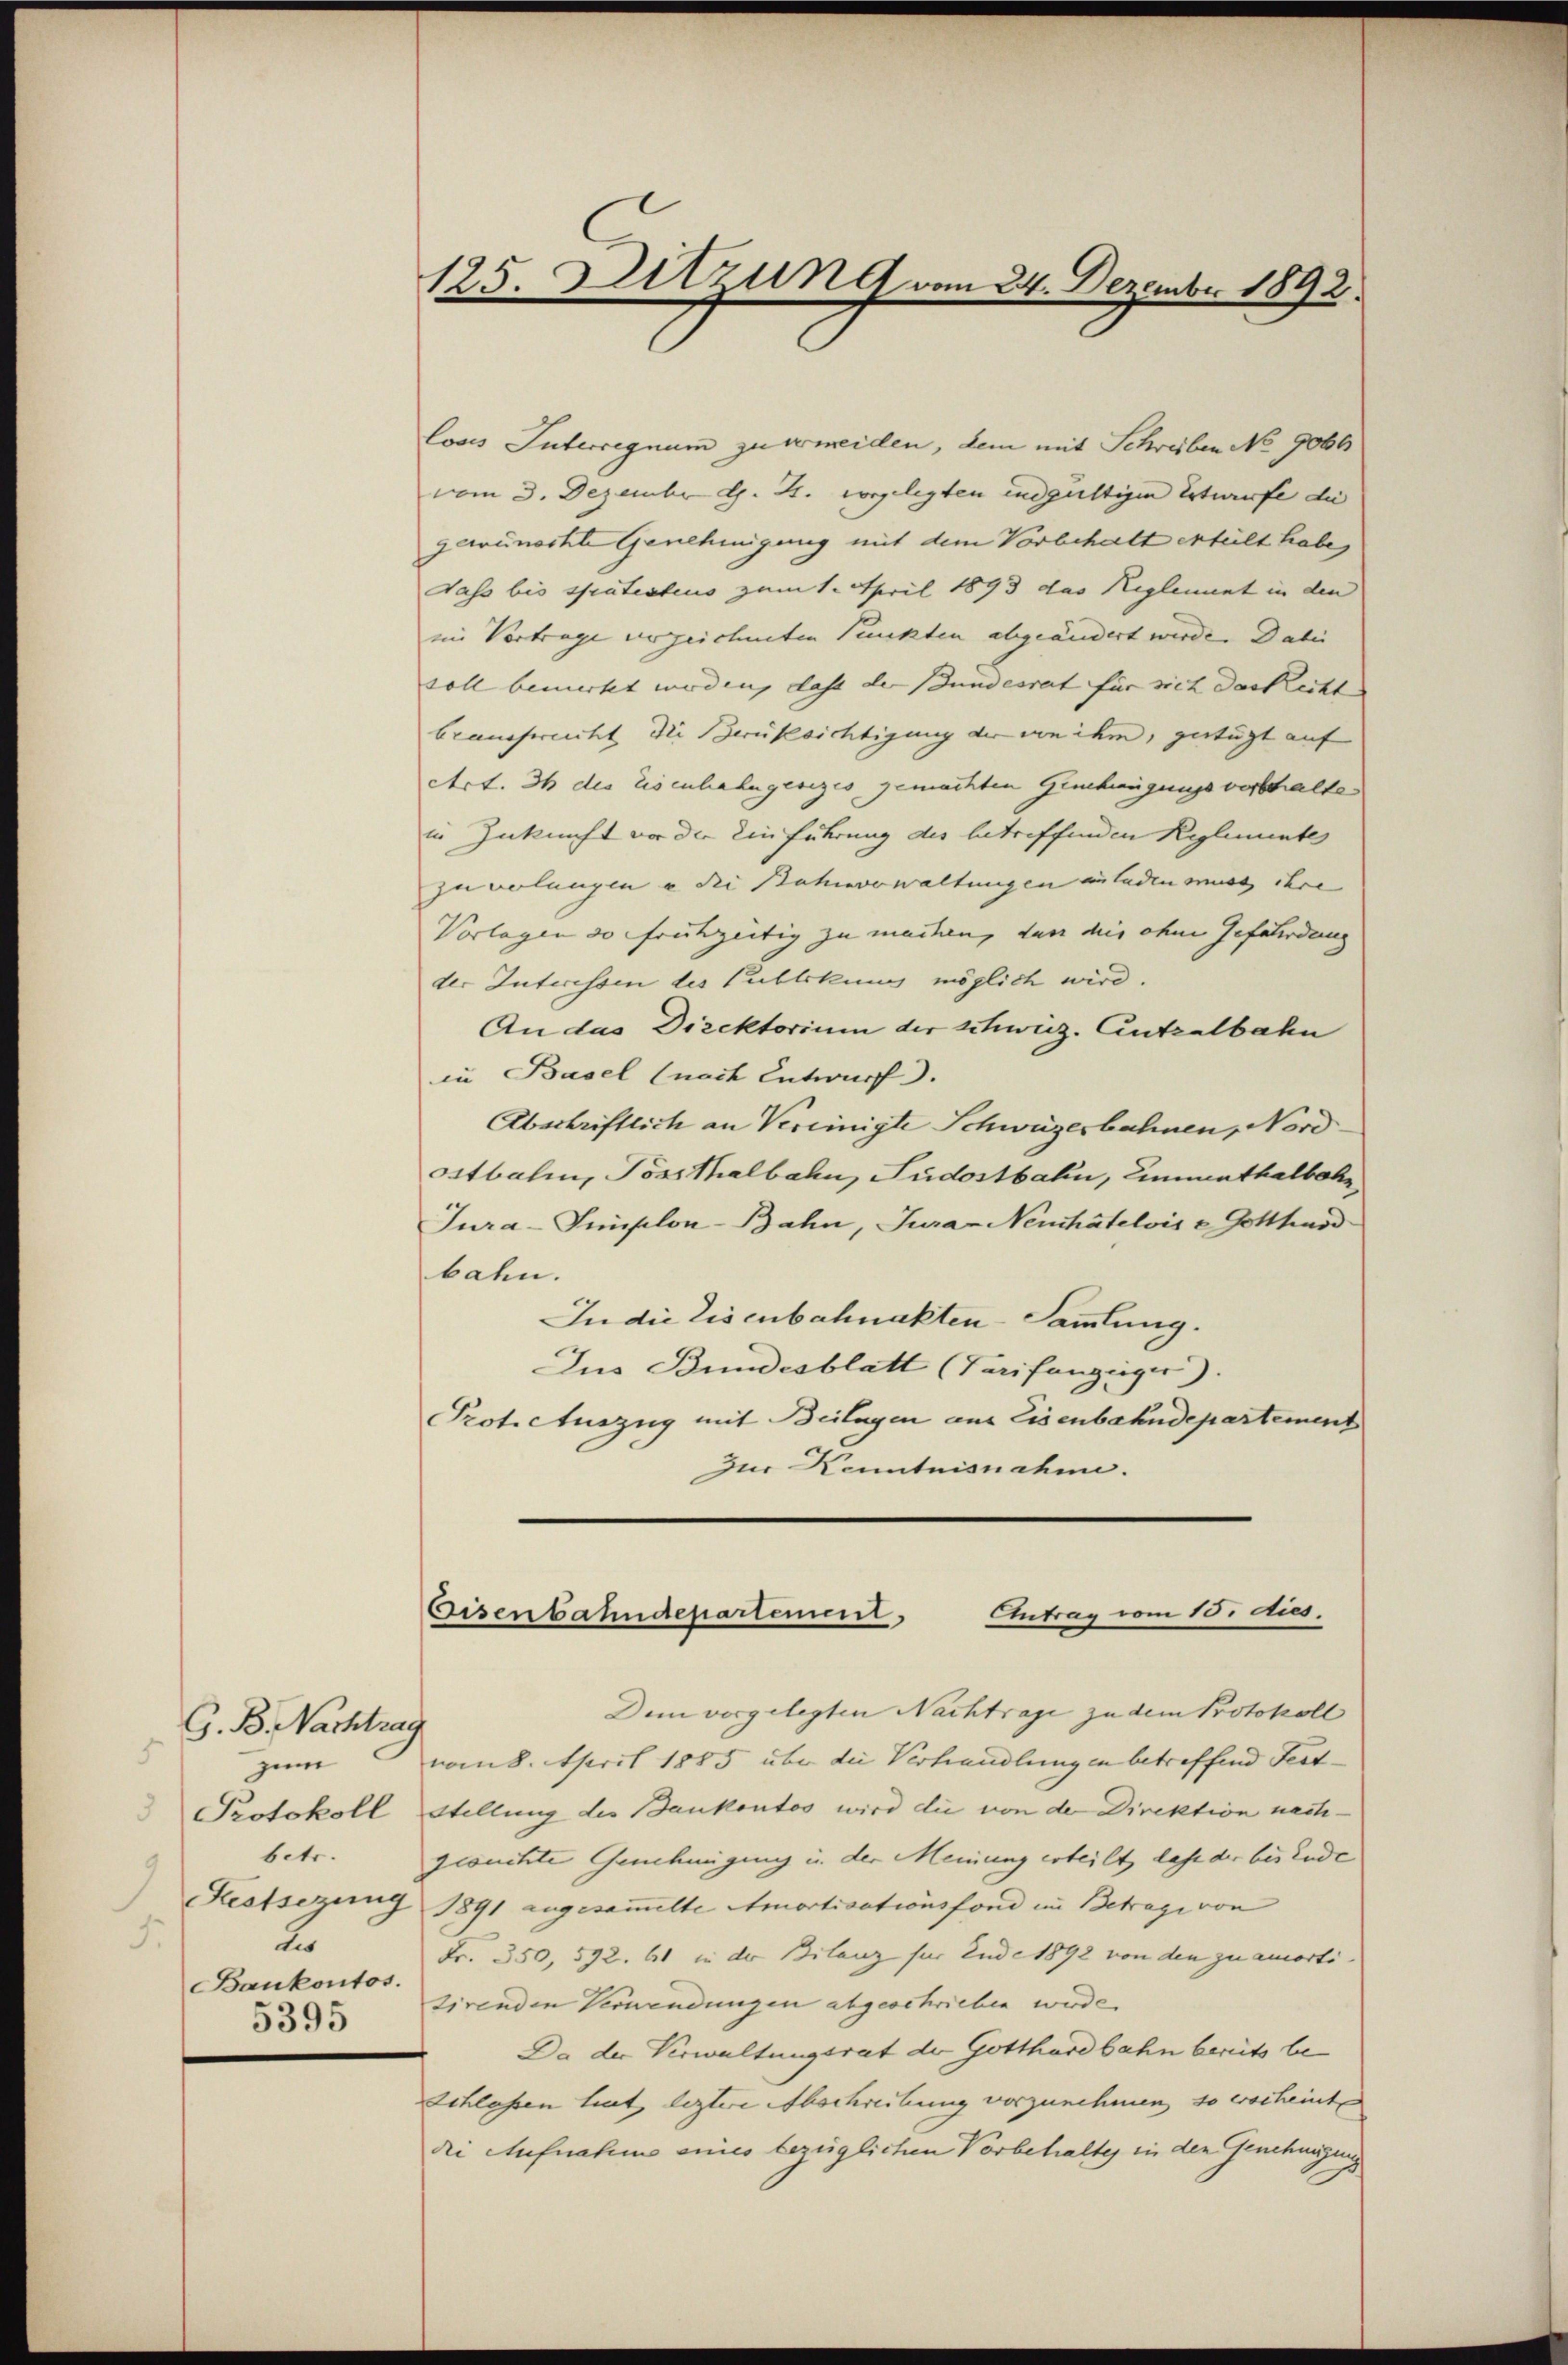
G. B. Nachtrag
5
zum
Protokoll
betr.
1
Kestsezung
5.
2
Bankontos.
5395

125. Sitzung vom 24. Dezember 1892.

loses Interregnum zu ermeiden, dem mit Schreiben No 9066
vom 3. Dezember d. 4. vorgelegten endgültigen Entwurfe die
gewünschte Genehmigung mit dem Vorbehalt erteilt habe,
dass bis spätestius zum 1. April 1893 das Reglement in den
in Vortrage verzeichneten Punkten abgeändert werde. Dabei
soll bemerkt werden, dass der Stundesrat für sich das Recht. |
braucherecht die Berüksichtigung der von ihm, gefügt auf
Act. 36 des Eisenhahngesezes gemachten Genehmigungsverschalte
in Zukunft vor die Einführung des betreffenden Reglemente
zu verlangen u die Bahnverwaltungen zuladen muss ihre
Vorlagen de frühzeitig zu machen, den die ihm Gefährdung
der Interessen des Publikung möglich wird.
An das Direktorium der Schweiz. Antralbahn
in Basel (nach Entwurf.
Abschriftlich an Vereinigte Schweizerbahnen, Nord
ostbahn, Tossthalbahn, Pudostbahn, Einmenthalbahn
Jura-Simplon-Bahn, Jura- Neuchâtelois v. Gotthard
bahn.
In die Eisenbahnakten-Sammlung.
Jus Bundesblatt (Tarifanzeiger).
Protocluszug mit Beilagen aus Eisenbahndepartement
Zur Kenntnisnahm.

Antrag vom 10. dies.
Eisenbahndepartement

Dem vorgelegten Nachtrage zu dem Protokoll
vom 8. April 1885 über die Verhandlung in betreffend Fest¬
Stellung des Bankontos wird die von der Direktion nectigesuchte Genehmigung in der Meinung erteilt, dass der bis Ende
1891 angesammelte Amortisationsfond im Betrage von
Fr. 350, 592. 61 in der Bilanz für Ende 1892 von den zu amorti-
sirenden Verwendungen abgeschrieben werde.
Da der Verwaltungsrat der Gotthardbahn bereits be¬
Schlassen liet, leztere Abschreibung vorzunehmen, so erscheint
die Aufnahme eines bezüglichen Vorbehaltes in den Genehmigung